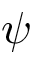
\psi